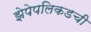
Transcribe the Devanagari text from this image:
झेपेपलिकडची